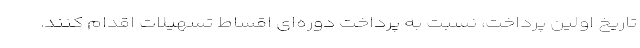
تاریخ اولین پرداخت، نسبت به پرداخت دوره‌ای اقساط تسهیلات اقدام کنند.